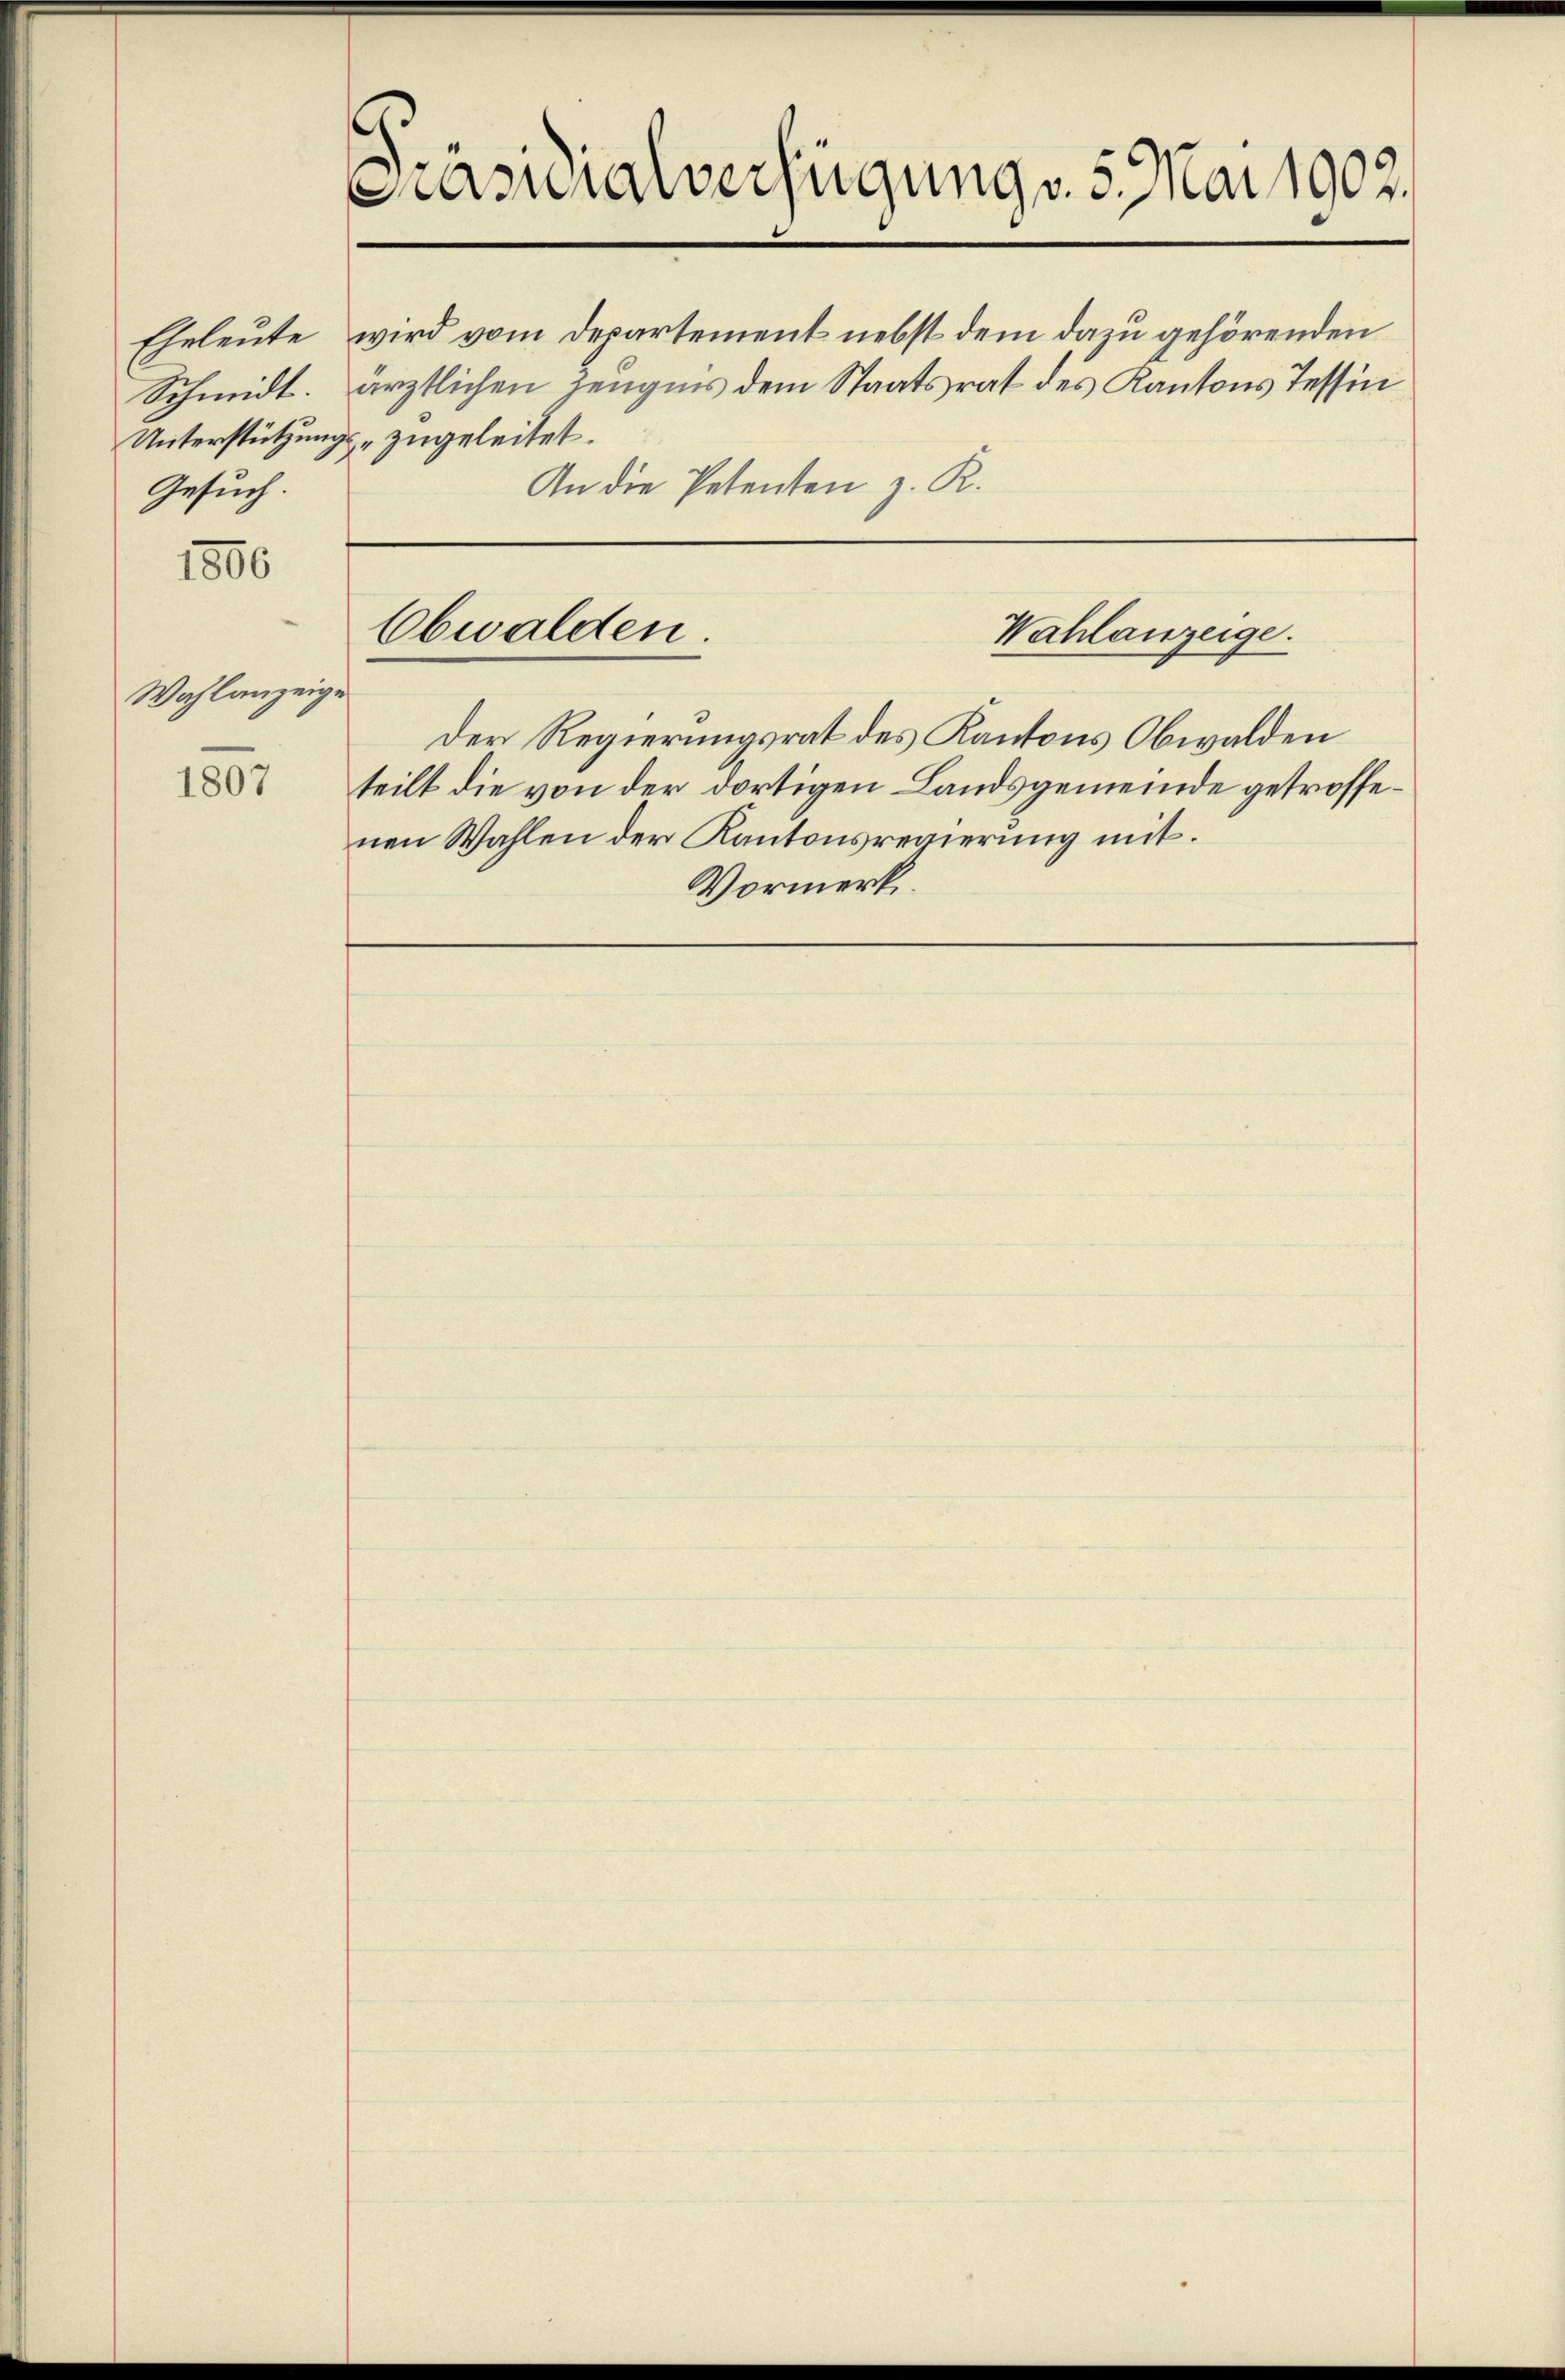
Gesuch.

1806

Wahlanzeige

1807

Präsidialverfügung v. 5. Mai 1902.

Eheleute wird vom Departement nebst dem dazu gehörenden
Schmidt. ärztlichen Zeugnis dem Staatsrat des Kantons Tessin
Unterstützungs- zugeleitet.
An die Petenten z. R.

Obwalden.

Wahlanzeige.

Der Regierungsrat des Kantons Obwalden
teilt die von der dortigen Landsgemeinde getroffenen Wahlen der Kantonsregierung mit.
Vormerk.